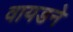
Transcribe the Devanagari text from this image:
वायडने